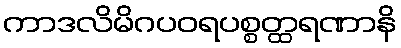
ကာဒလိမိဂပဝရပစ္စတ္ထရဏာနိ